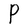
Character: P